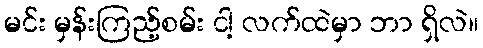
မင်း မှန်းကြည့်စမ်း ငါ့ လက်ထဲမှာ ဘာ ရှိလဲ။